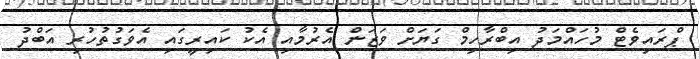
ޕްރައިވެޓް މުހައްމަދު އިބްރާހިމް ގަޔަށް ވަޒަން އެރުމާއި އެކު ކައިރީގައި އެވަގުތުހުރި އަބްދު